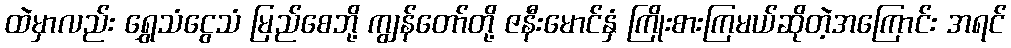
ထဲမှာလည်း ရွှေသံငွေသံ မြည်စေဘို့ ကျွန်တော်တို့ ဇနီးမောင်နှံ ကြိုးစားကြမယ်ဆိုတဲ့အကြောင်း အရင်